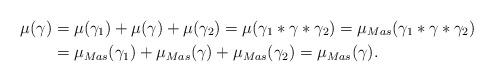
LaTeX: \begin{align*}\mu(\gamma)&=\mu(\gamma_1)+\mu(\gamma)+\mu(\gamma_2)=\mu(\gamma_1\ast\gamma\ast\gamma_2)=\mu_{Mas}(\gamma_1\ast\gamma\ast\gamma_2)\\&=\mu_{Mas}(\gamma_1)+\mu_{Mas}(\gamma)+\mu_{Mas}(\gamma_2)=\mu_{Mas}(\gamma).\end{align*}